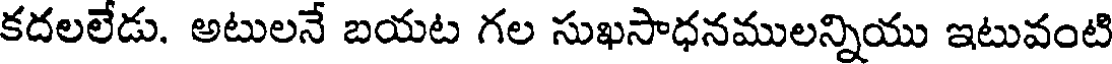
కదలలేడు. అటులనే బయట గల సుఖసాధనములన్నియు ఇటువంటి